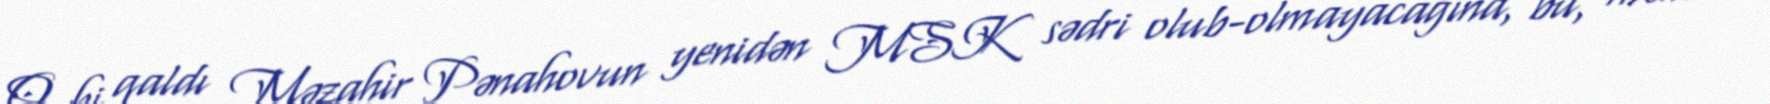
O ki qaldı Məzahir Pənahovun yenidən MSK sədri olub-olmayacağına, bu, mənim